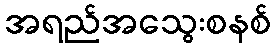
အရည်အသွေးစနစ်